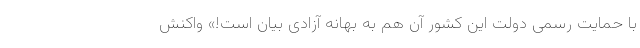
با حمایت رسمی دولت این کشور آن هم به بهانه آزادی بیان است!» واکنش